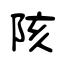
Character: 陔